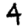
Digit: 4